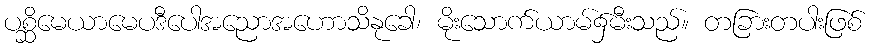
ပစ္ဆိမေယာမေပဒီပေါအညောအဟောသိနုခေါ၊ မိုးသောက်ယာမ်၌မီးသည်။ တခြားတပါးဖြစ်